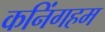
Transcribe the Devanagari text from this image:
कनिंगहम